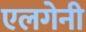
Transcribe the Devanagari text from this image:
एलगेनी